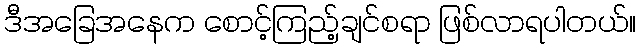
ဒီအခြေအနေက စောင့်ကြည့်ချင်စရာ ဖြစ်လာရပါတယ်။